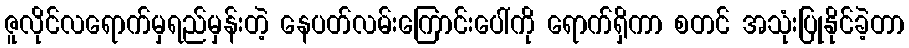
ဇူလိုင်လရောက်မှရည်မှန်းတဲ့ နေပတ်လမ်းကြောင်းပေါ်ကို ရောက်ရှိကာ စတင် အသုံးပြုနိုင်ခဲ့တာ